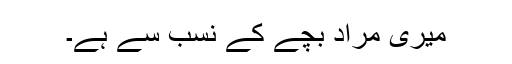
میری مراد بچے کے نسب سے ہے۔